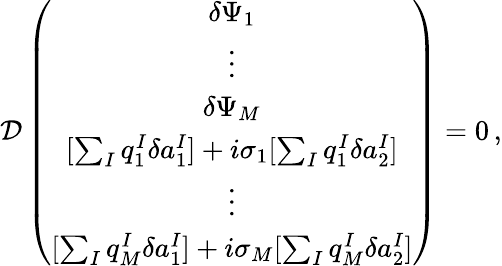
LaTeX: {\cal D}\left(\begin{array}{c}{{\delta\Psi_{1}}}\\ {{\vdots}}\\ {{\delta\Psi_{M}}}\\ {{{[\sum_{I}q_{1}^{I}\delta a_{1}^{I}]+i\sigma_{1}[\sum_{I}q_{1}^{I}\delta a_{2}^{I}]}}}\\ {{\vdots}}\\ {{{[\sum_{I}q_{M}^{I}\delta a_{1}^{I}]+i\sigma_{M}[\sum_{I}q_{M}^{I}\delta a_{2}^{I}]}}}\end{array}\right)=0\, ,